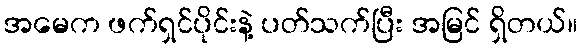
အမေက ဖက်ရှင်ပိုင်းနဲ့ ပတ်သက်ပြီး အမြင် ရှိတယ်။